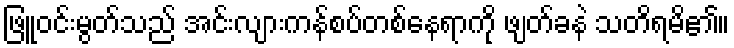
ဖြူဝင်းမွတ်သည် အင်းလျားကန်စပ်တစ်နေရာကို ဖျတ်ခနဲ သတိရမိ၏။